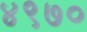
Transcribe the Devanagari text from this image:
४९७०